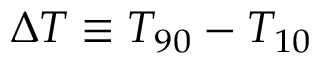
\ensuremath { \Delta T } \equiv T _ { 9 0 } - T _ { 1 0 }